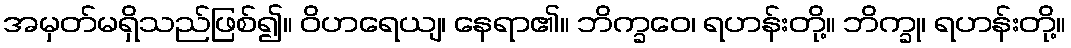
အမှတ်မရှိသည်ဖြစ်၍။ ဝိဟရေယျ၊ နေရာ၏။ ဘိက္ခဝေ၊ ရဟန်းတို့။ ဘိက္ခု၊ ရဟန်းတို့။